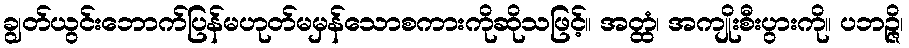
ချွတ်ယွင်းဘောက်ပြန်မဟုတ်မမှန်သောစကားကိုဆိုသဖြင့်။ အတ္ထံ၊ အကျိုးစီးပွားကို။ ပဘဉ္ဇိ၊